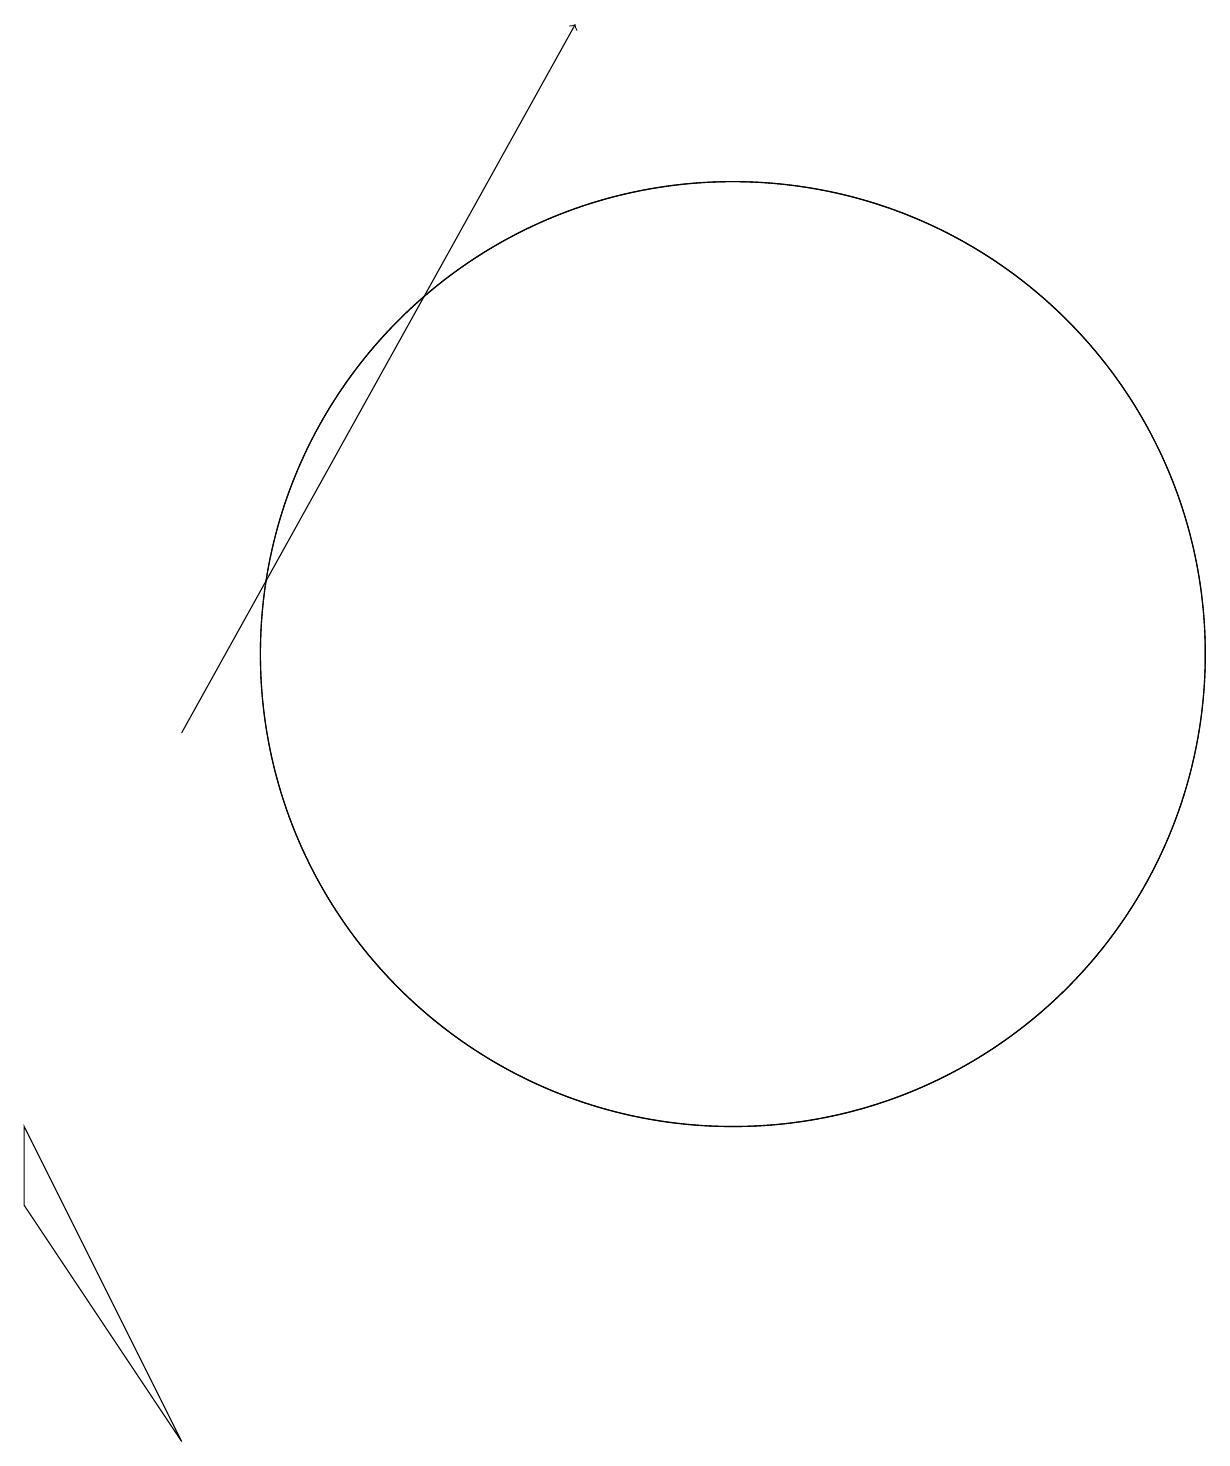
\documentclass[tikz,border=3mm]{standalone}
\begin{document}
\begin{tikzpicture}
\draw (1,4) -- (3,1) -- (1,5) -- cycle;
\draw[->] (3,10) -- (8,19);
\draw (10,11) circle (6);
\draw (10,11) circle (6);
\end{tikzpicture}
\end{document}